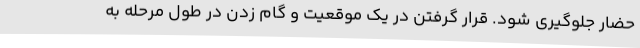
حضار جلوگیری شود. قرار گرفتن در یک موقعیت و گام زدن در طول مرحله به